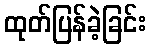
ထုတ်ပြန်ခဲ့ခြင်း